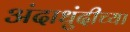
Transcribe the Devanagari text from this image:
अंदाधुंदीच्या